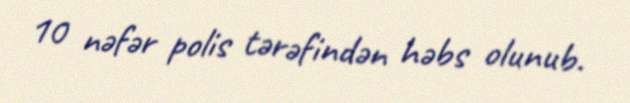
10 nəfər polis tərəfindən həbs olunub.